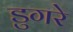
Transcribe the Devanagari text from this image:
डुगरे